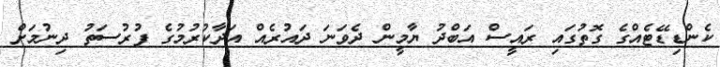
ކެންޑިޑޭޓެއްގެ ގޮތުގައި ރައީސް އަބްދު ޔާމީން ދެވަނަ ދައުރެއް އަދާކުރުމުގެ ފުރުސަތު ދިނުމަށް